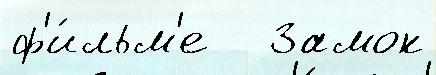
ф'и́льм'е   Замок